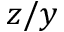
z / y